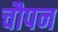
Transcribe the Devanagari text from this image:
चौपन